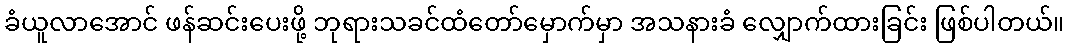
ခံယူလာအောင် ဖန်ဆင်းပေးဖို့ ဘုရားသခင်ထံတော်မှောက်မှာ အသနားခံ လျှောက်ထားခြင်း ဖြစ်ပါတယ်။